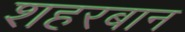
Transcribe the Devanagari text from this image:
शहरबान